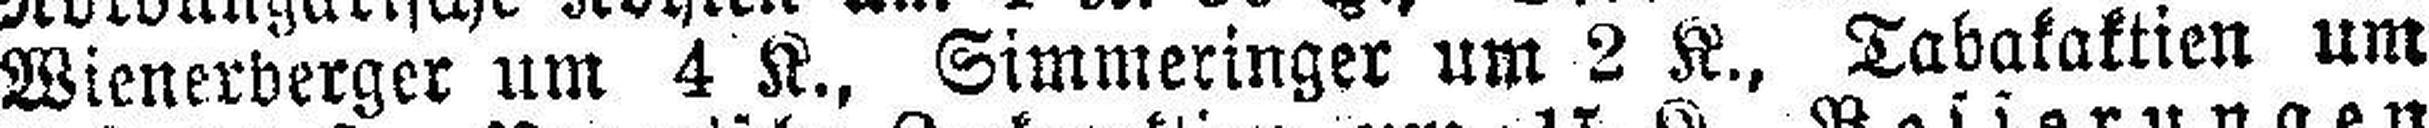
Wienerberger um 4 K., Simmeringer um 2 K., Tabakaktien um